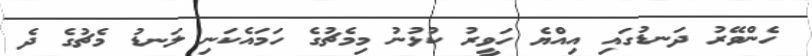
ހެންވޭރު ދަނޑުގައި އިއްޔެ ހަވީރު ކުޅުނު މިމެޗުގެ ހަމައެކަނި ލަނޑު މެޗުގެ ދެ